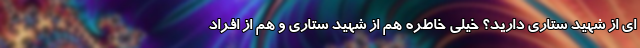
ای از شهید ستاری دارید؟ خیلی خاطره هم از شهید ستاری و هم از افراد